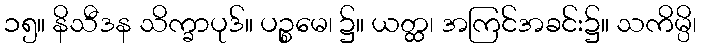
၁၅။ နိသီဒန သိက္ခာပုဒ်။ ပဉ္စမေ၊ ၌။ ယတ္ထ၊ အကြင်အခင်း၌။ သကိမ္ပိ၊